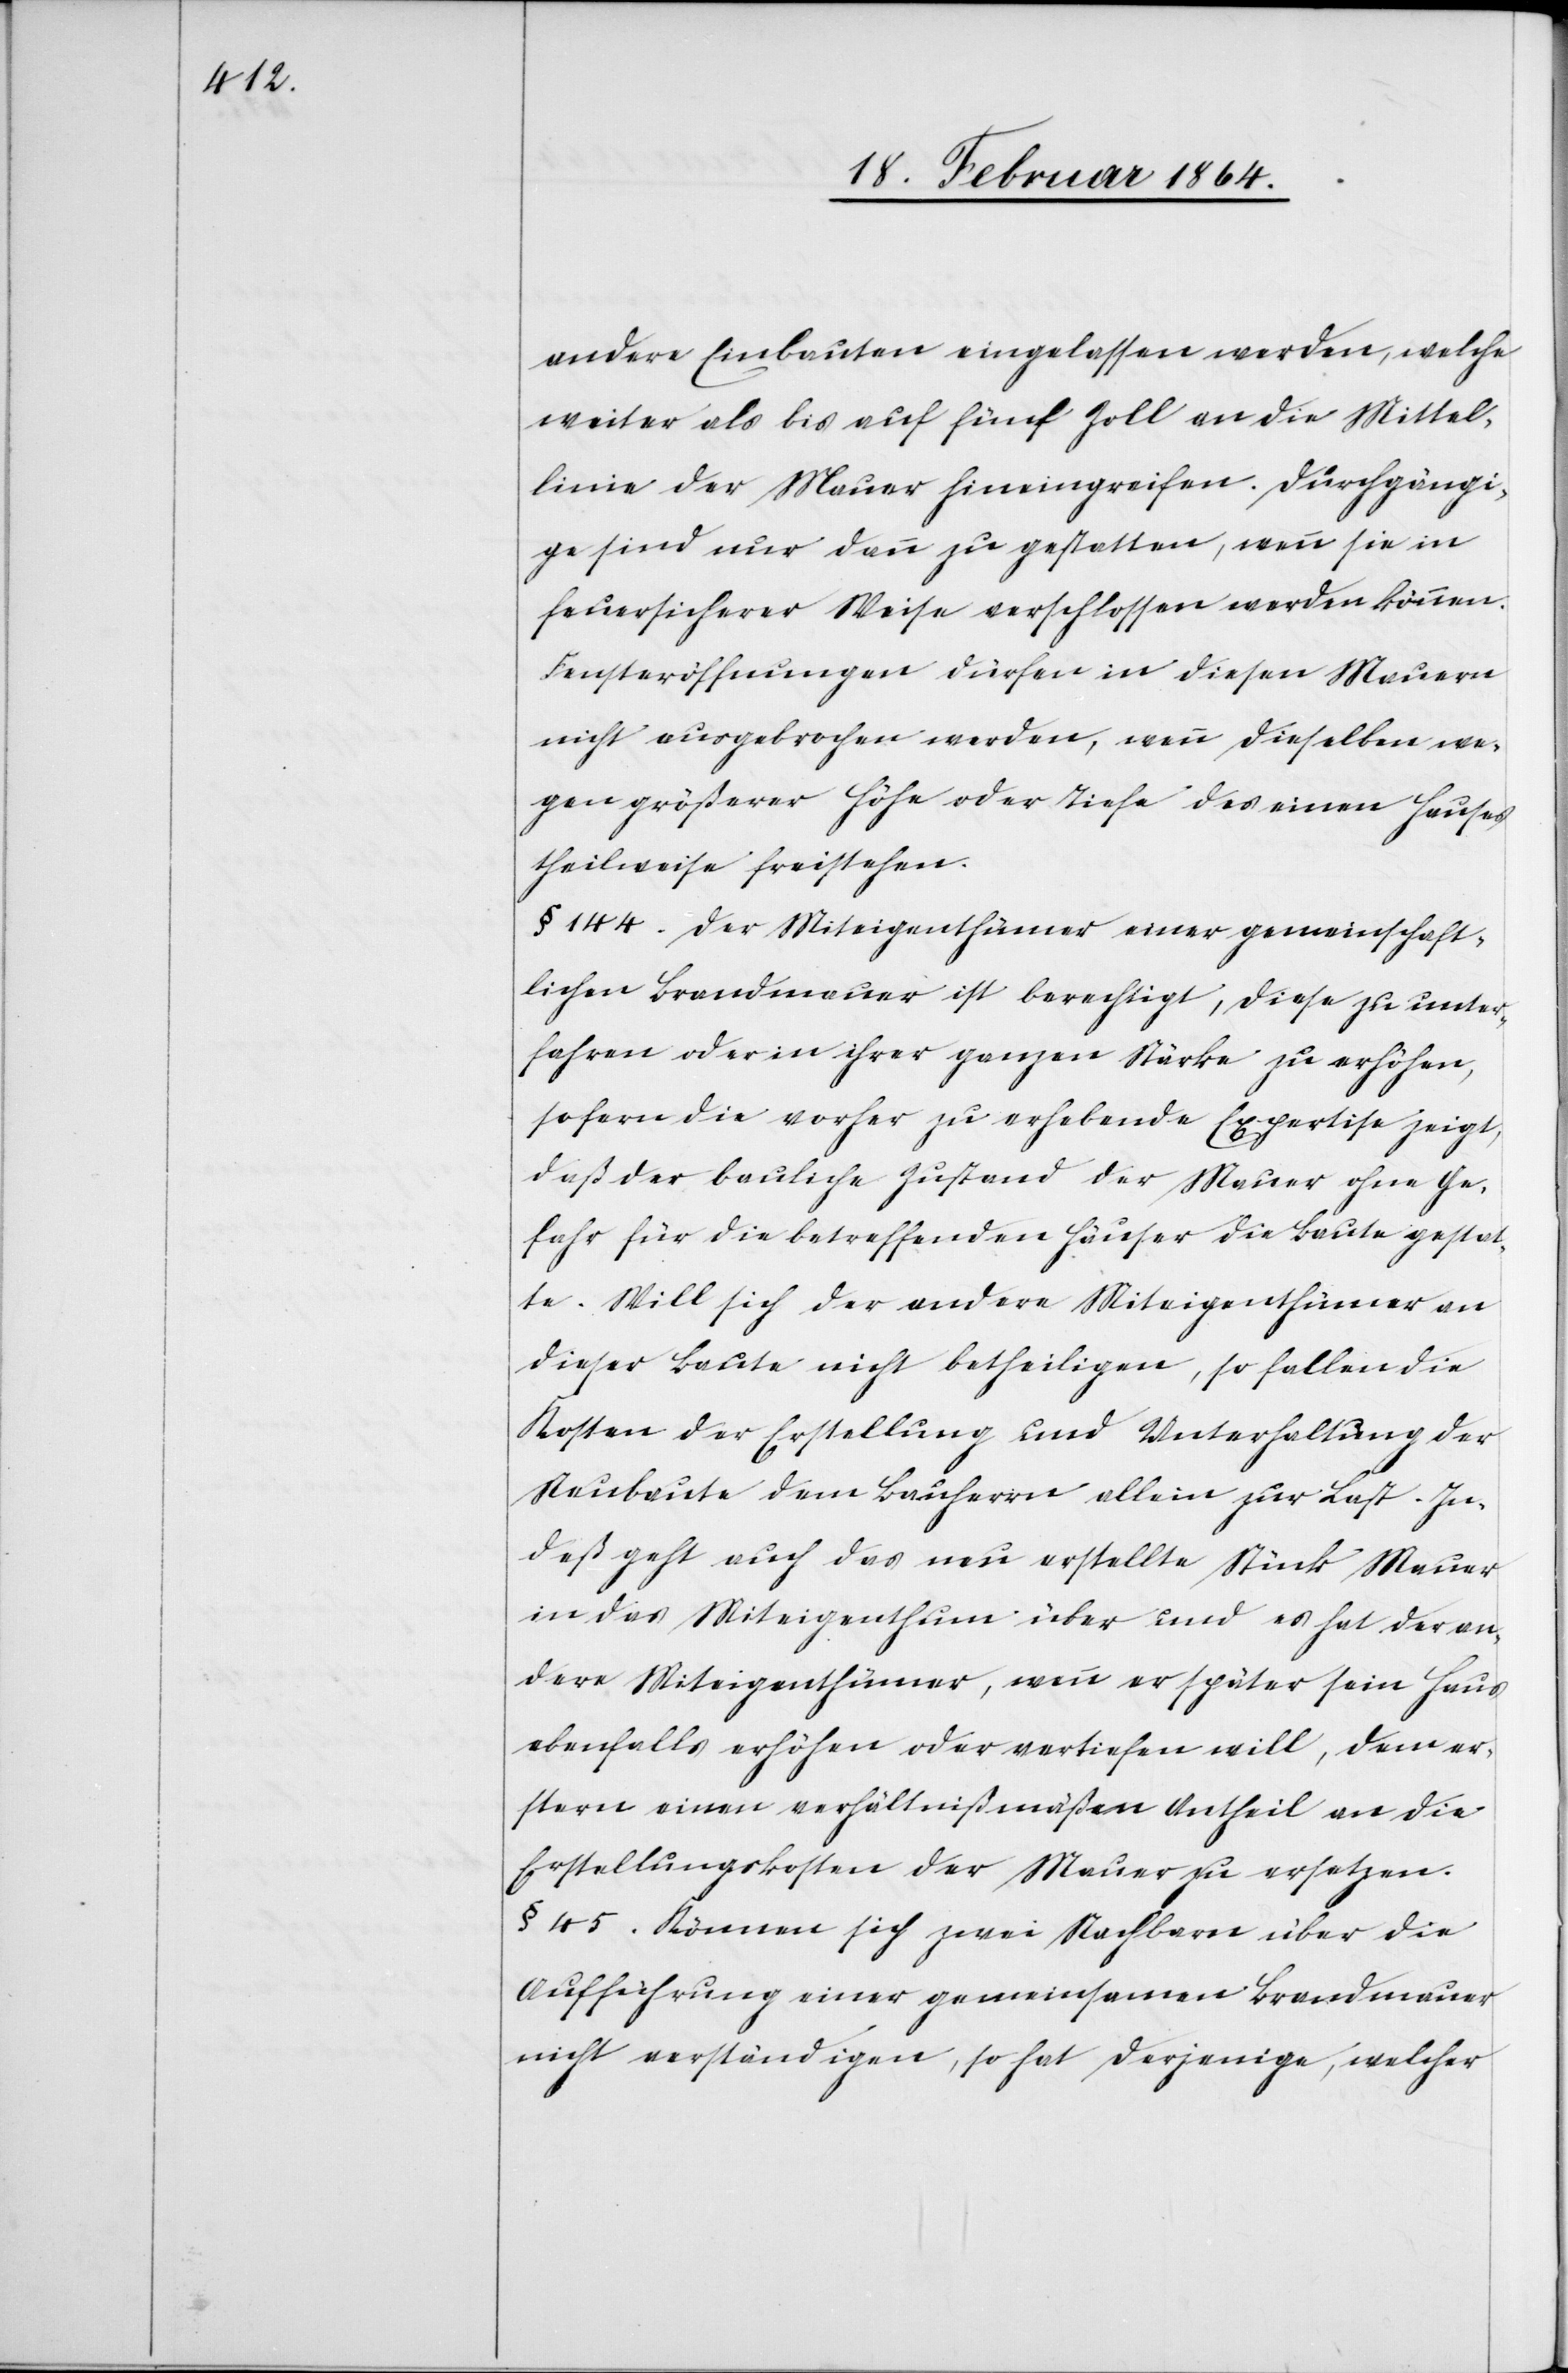
andere Einbauten eingelassen werden, welche
weiter als bis auf fünf Zoll an die Mittel¬
linie der Mauer hineingreifen. Durchgängige
sind nur dann zu gestatten, wenn sie in
feuersicherer Weise verschlossen werden können.
Fensteröffnungen dürfen in diesen Mauern
nicht ausgebrochen werden, wenn dieselben we¬
gen größerer Höhe oder Tiefe des einen Hauses
theilweise freistehen.
§ 144. Der Miteigenthümer einer gemeinschaft¬
lichen Brandmauer ist berechtigt, diese zu unter¬
fahren oder in ihrer ganzen Stärke zu erhöhen,
sofern die vorher zu erhebende Expertise zeigt,
daß der bauliche Zustand der Mauer ohne Ge¬
fahr für die betreffenden Häuser die Baute gestat¬
te. Will sich der andere Miteigenthümer an
dieser Baute nicht betheiligen, so fallen die
Kosten der Erstellung und Unterhaltung der
Neubaute dem Bauherrn allein zur Last. In¬
deß geht auch das neu erstellte Stück Mauer
in das Miteigenthum über und es hat der an¬
dere Miteigenthümer, wenn er später sein Haus
ebenfalls erhöhen oder vertiefen will, dem er¬
stern einen verhältnißmäßen Antheil an die
Erstellungskosten der Mauer zu versetzen.
§ 45. Können sich zwei Nachbarn über die
Aufführung einer gemeinsamen Brandmauer
nicht verständigen, so hat derjenige, welcher